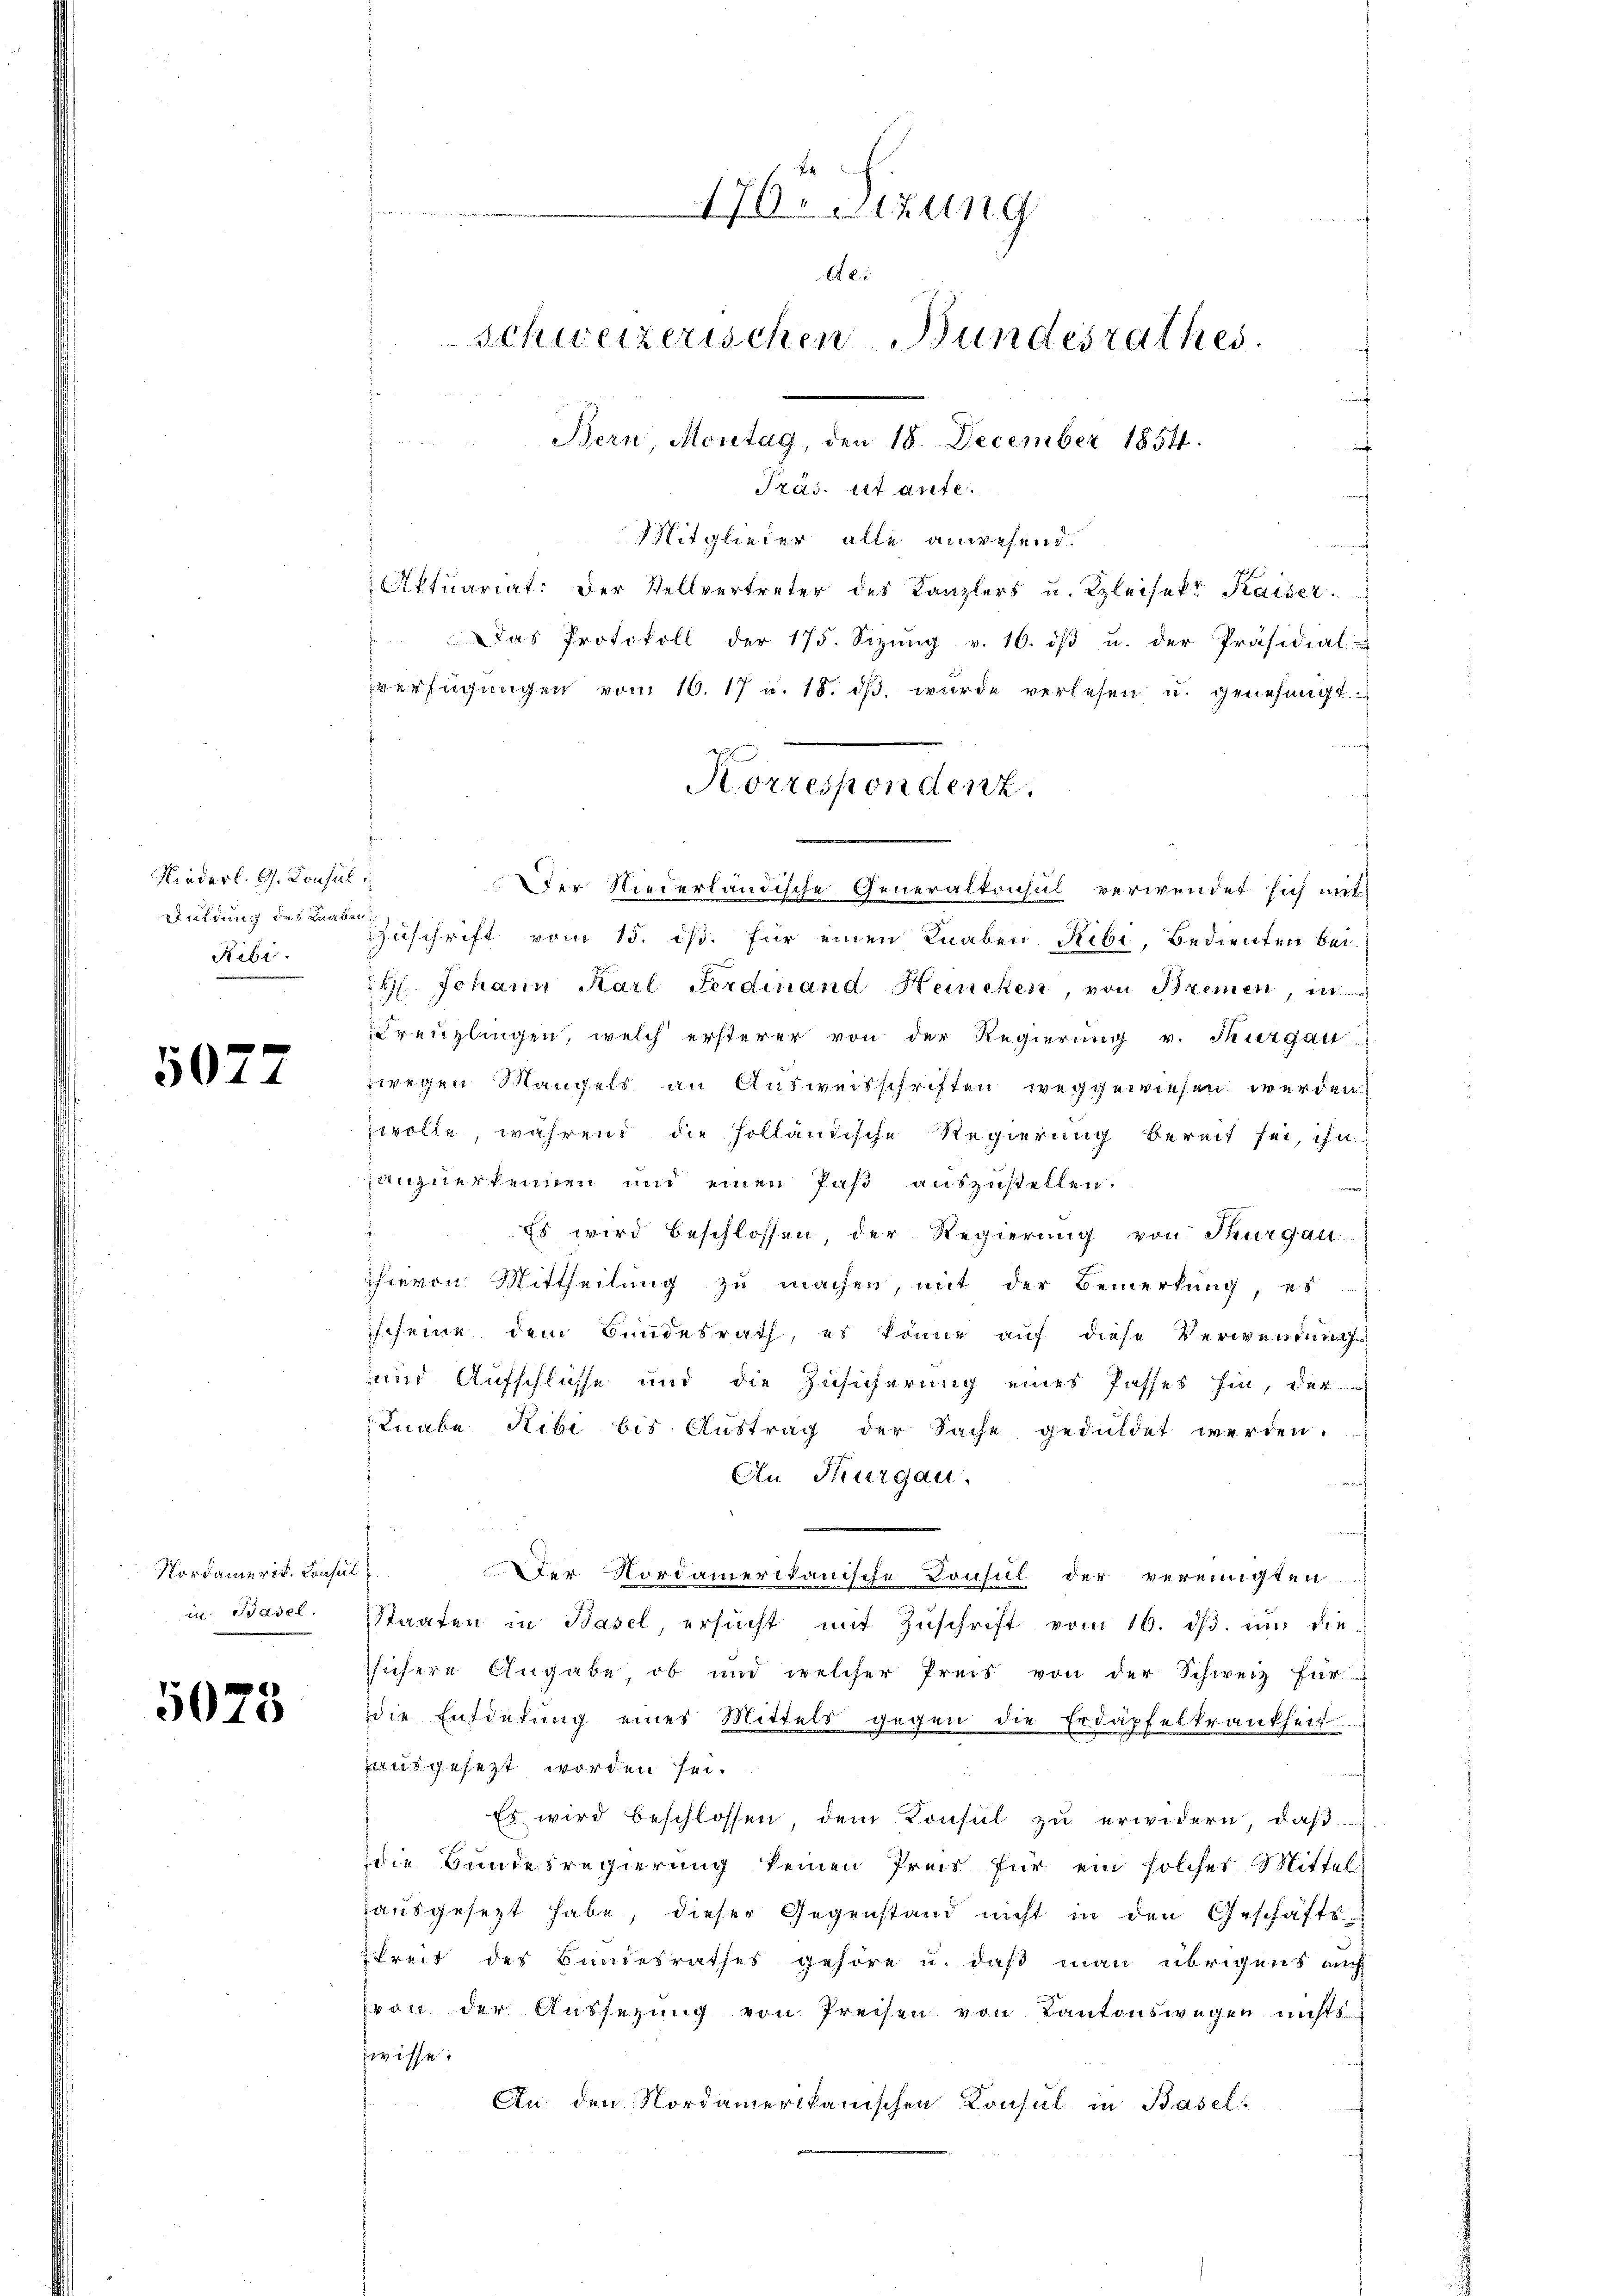
Niederl. G. Consul
Duldung des Raaben;
Ribi

5077

Nordamerik. Consu
in. Basel.

5023

176. Setzung
 25
Schweizerischen Bundesrathes.
Bern, Montag, den 18. December 1854.

Präs. ist aute.
Mitglieder alle anwesend.
Aktuariat. Der Stellvertreter des Kanzlers u. Gleisekt Kaiser.
Das Protokoll der 175. Sizŭng v. 16. dβ u. der Präsidial-
verfügŭngen vom 16. 17 u. 18. dβ wurde verlesen u. genehmigt.
Der Niederländische Generalkonsul verwendet sich mit
Zuschrift vom 15. ist. für einen Knaben Ribi, Bedienten bei
H. Johann Karl Ferdinand Heincken, von Bremen, in
Kreuzlingen, welch ersterer von der Regierung v. Thurgau
zwegen Mangels an Ausweisschriften weggewiesen werden
wolle während die Holländische Regierung bereit sei, ihn
anzuerkennen und einen Paß auszustellen.
Es wird beschlossen, der Regierung von Thurgau
hievon Mittheilŭng zŭ machen, mit der Bemerkŭng, es
ischeine dem Bundesrath, es könne auf diese Verwendung
und Aufschlüsse und die Zusicherung eines Passes hin, der
Lnabe Ribi bis Austrag der Sache geduldet werden.
An Thurgau.
3
s
Der Nordamerikanische Consul der vereinigten
Staaten in Basel ersucht mit Zŭschrift vom 16. dβ. um die-
sichere Angabe ob und welcher Preis von der Schweiz für
die Entdekung eines Mittels gegen die Erdäpfelkrankheit
ausgesezt worden sei.
Es wird beschlossen, dem Konsŭl zŭ erwidern, daβ
die Bundesregierung keinen Preis für ein solches Mittel
ausgesezt habe, dieser Gegenstand nicht in den Geschäfts-
breit des Bundesrathes gehöre u. daß man übrigens auch
von der Aussezung von Preisen von Kantonswegen nichts
wisse.
An den Nordamerikanischen Konsul in Basel

3
Korrespondenz.